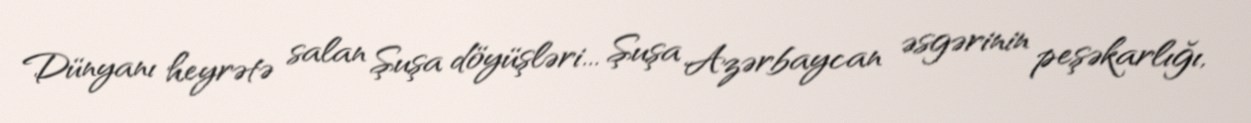
Dünyanı heyrətə salan Şuşa döyüşləri... Şuşa Azərbaycan əsgərinin peşəkarlığı,